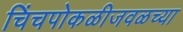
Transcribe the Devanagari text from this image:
चिंचपोकळीजवळच्या